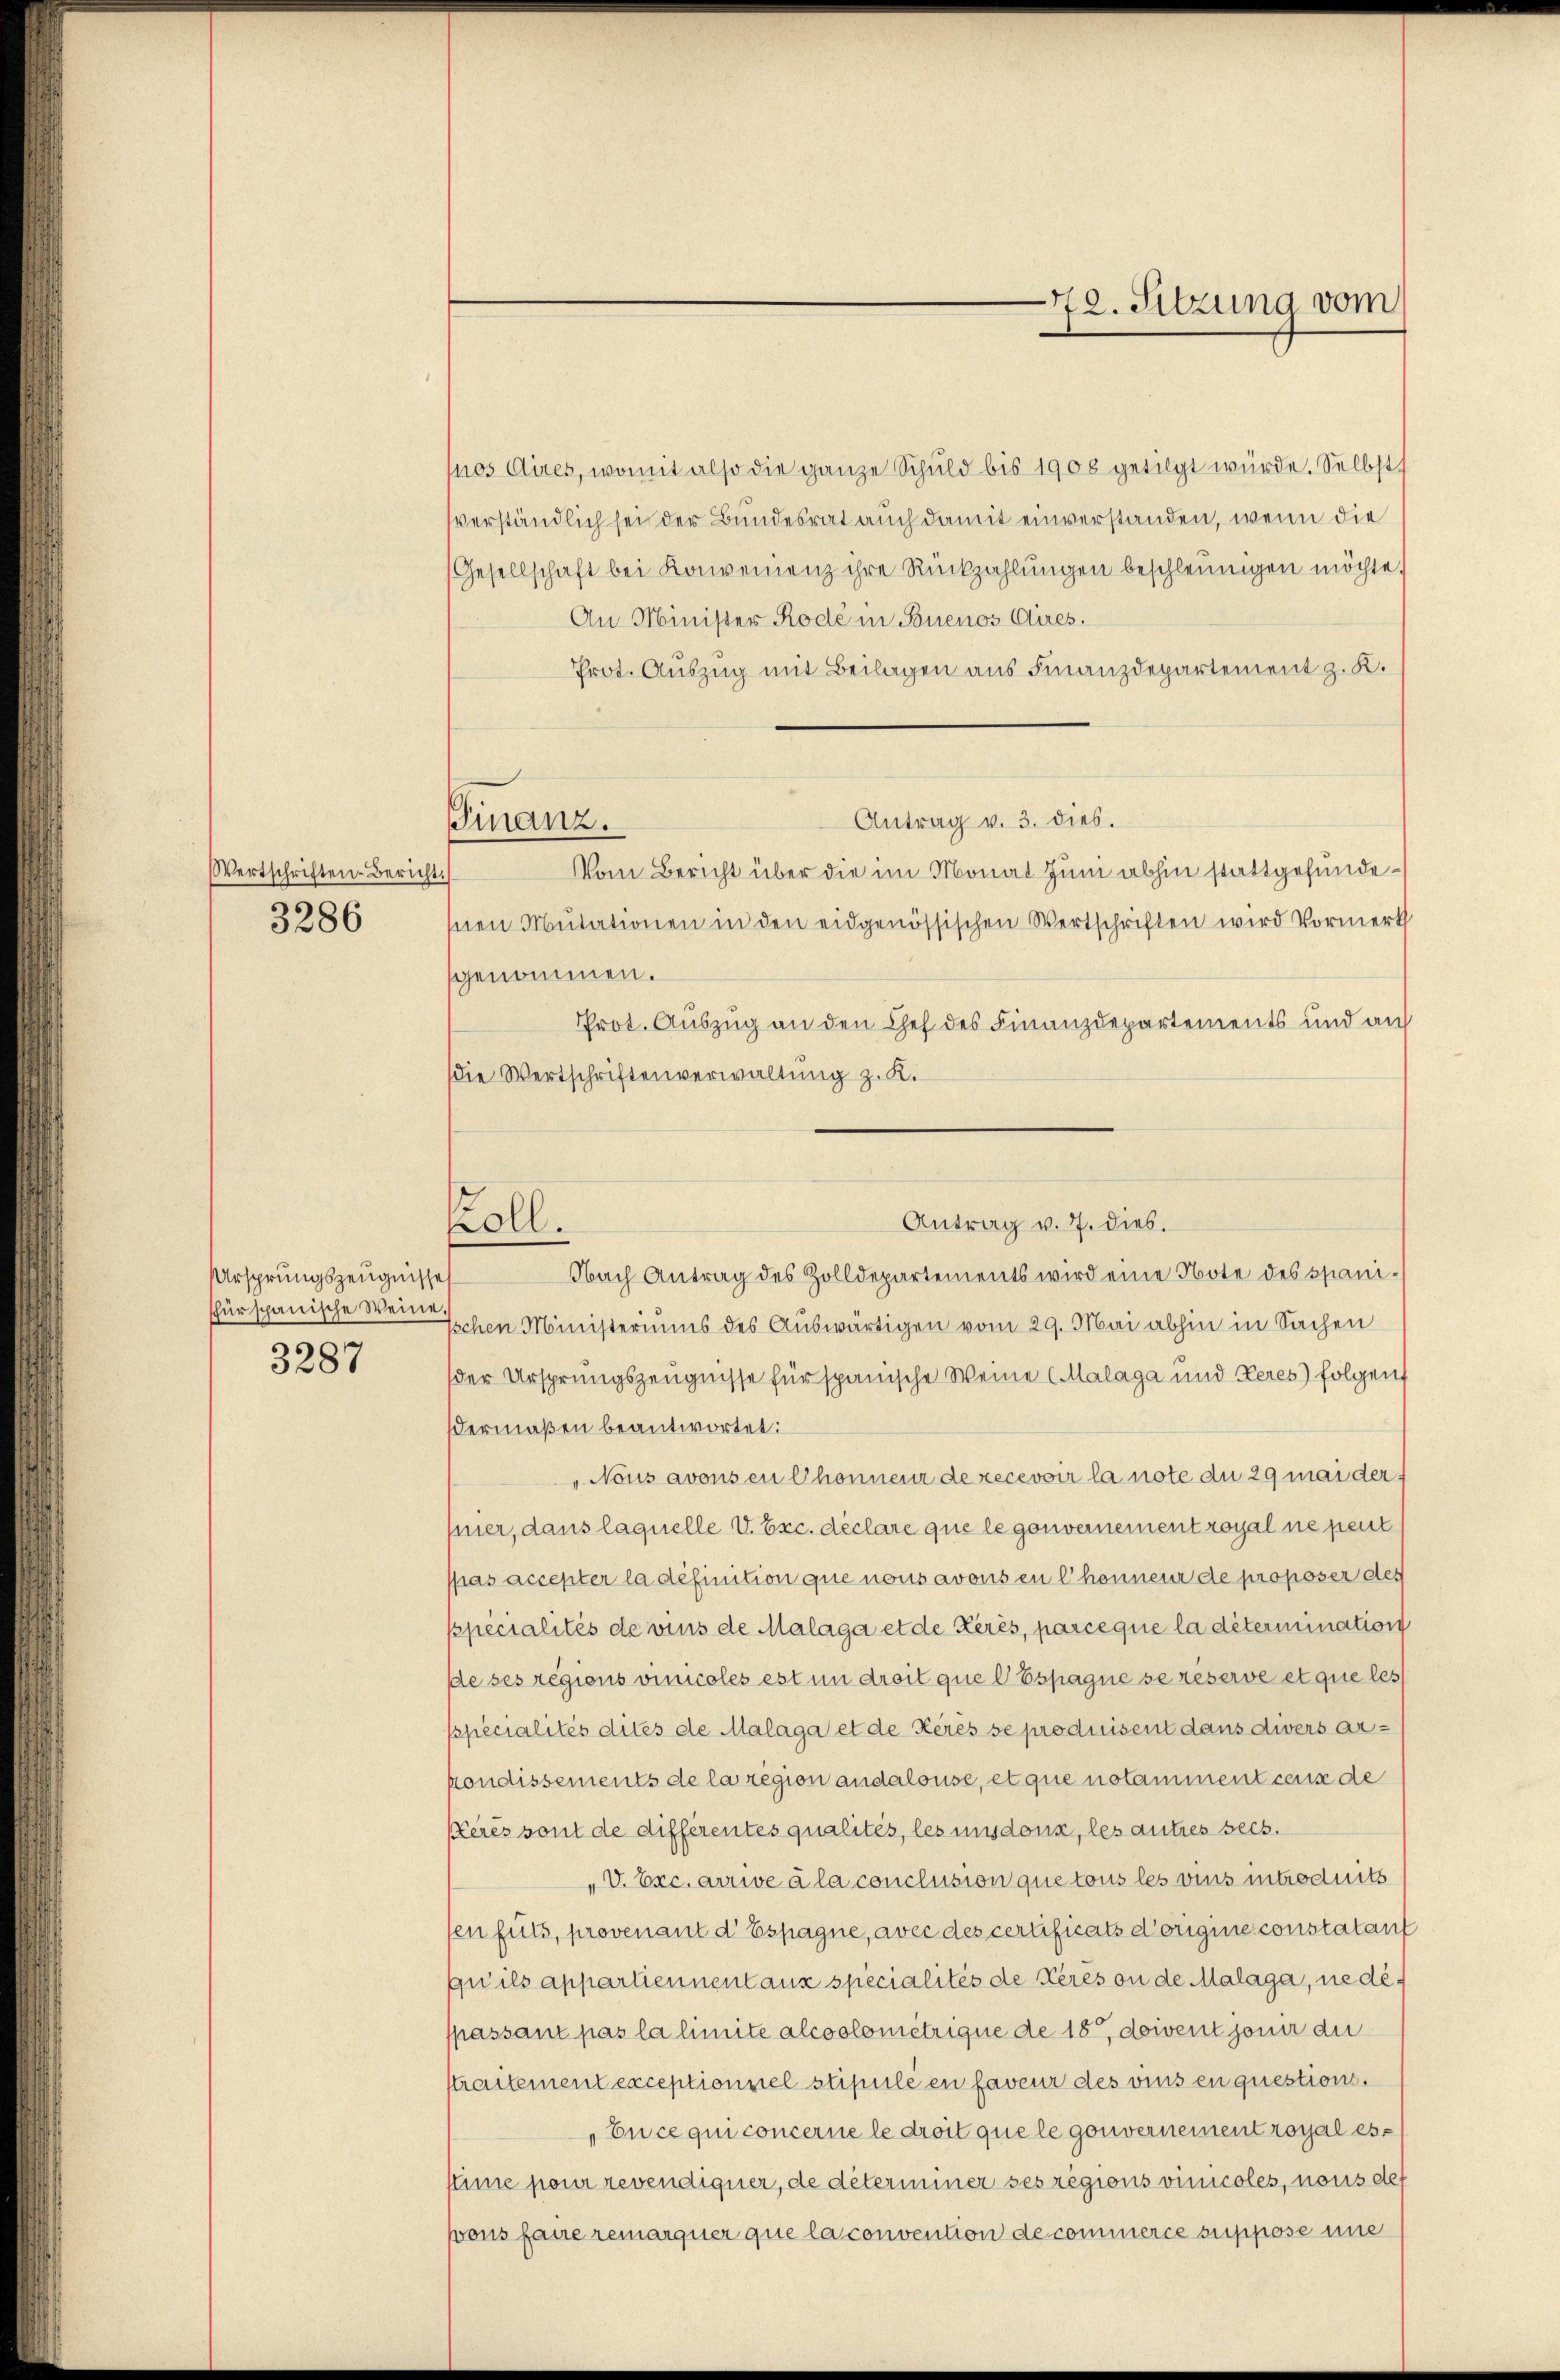
Wertschriften-Bericht.
3286

Ursprungszeugnisses
hur spanische Weine.
3287

(nos Aires, womit also die ganze Schuld bis 1906 getilgt würde. Selbst
verständlich sei der Bundesrat auch damit einverstanden, wenn die
Gesellschaft bei Konvenienz ihre Rückzahlŭngen beschleunigen möchte.
An Minister Rode in Buenos Aires.
Prot. Auszug mit Beilagen aus Finanzdepartement z. K.
Antrag v. 3. dies.
Vom Bericht über die im Monat Juni abhin stattgefundesnen Mutationen in den eidgenössischen Wertschriften wird Vormerk
genommen.
Prot. Auszug an den Chef des Finanzdepartements und au
Die Wertschriftenverwaltung z. K.
Nach Antrag des Zolldepartements wird eine Note des spaniischen Ministeriums des Auswärtigen vom 29. Mai abhin in Sachen
der Ursprungszeugnisse für spanische Weine Malaga und Zeres folgend
dermaßen beantwortet:
„Nous avonsen Chonneur de recevoir la note du 29 mai der
hier, dans laquelle V. Exc. déclare que legouvernement royal ne peut
pas accepter la définition que nous avous en Chonneur de proposer des
specialités de vins de Malaga et de Kerès, parceque la détermination
de ses regions vinicales est in droit que l Espagne se réserve et que les
spécialités dites de Malaga et de Kerès se produisent dans divers arkondissements de la region andalouse, et que notamment cens de
Kleres sont de différentes qualités, les uns dons, les autres secs.
„V. Exc. arrwe à la conclusion que tous les vins introduits
en futs, provenant d' Espagne, avec des certificats d’origine constatant
qu’ils appartiennentanz specialités de Keres ou de Malaga, ne dé-
passant pas la limite alcoolometrique de 18, doivent jour du
straitement exceptionnel stipule en faveur des vins en questions.
„En ce qui concerne le droit que le gouvernement royal esstime pour revendigner, de déterminer ses regions vinicoles, nous des
pons faire remarquer que la convention de commerce suppose une

Finanz.

koll.

72. Sitzung vom

Antrag v. 7. dies.